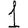
Digit: 1